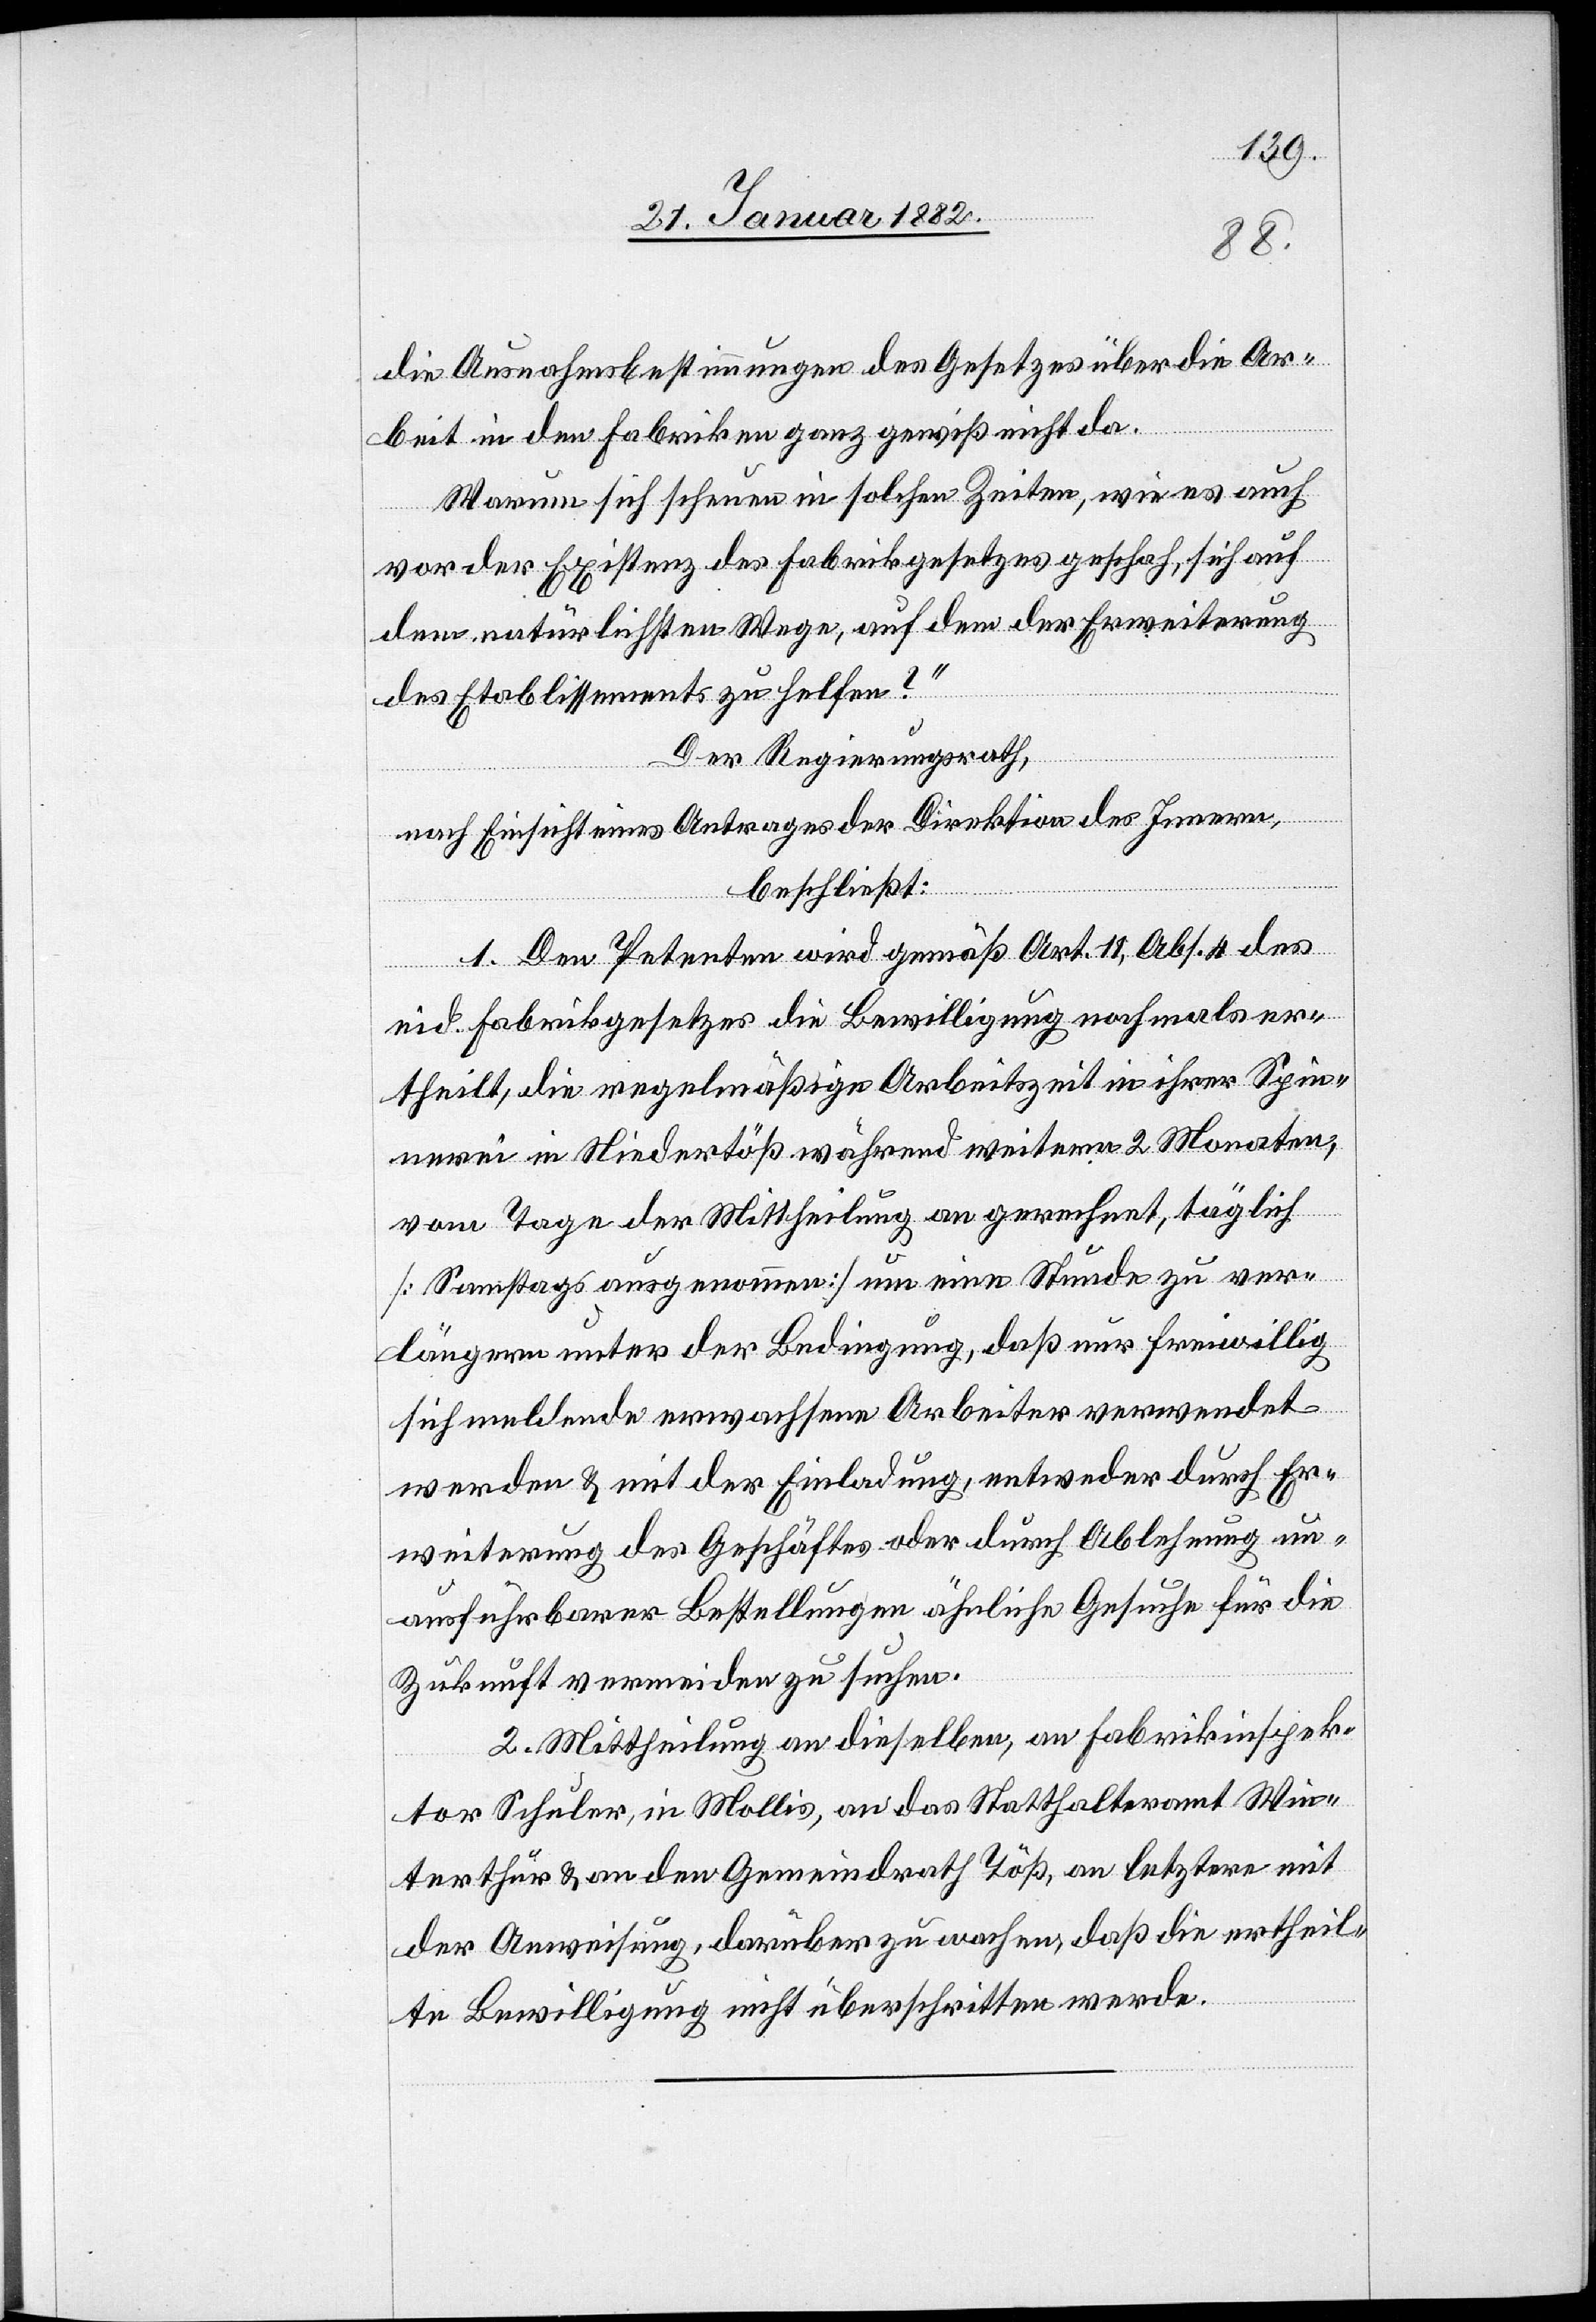
die Ausnahmebestimmungen des Gesetzes über die Ar¬
beit in den Fabriken ganz gewiß nicht da.
Warum sich scheuen in solchen Zeiten, wie es auch
vor der Existenz des Fabrikgesetzes geschah, sich auf
dem natürlichsten Wege, auf dem der Erweiterung
des Etablissements zu helfen?“
Der Regierungsrath,
nach Einsicht eines Antrages der Direktion des Innern,
beschließt:
1. Den Petenten wird gemäß Art. 11, Abs. 4 des
eid. Fabrikgesetzes die Bewilligung nochmals er¬
theilt, die regelmäßigen Arbeitszeit in ihrer Spin¬
nerei in Niedertöß während weitern 2 Monaten,
vom Tage der Mittheilung an gerechnet, täglich
[Sonntags ausgenommen] um eine Stunde zu ver¬
längern unter der Bedingung, daß nur freiwillig
sich meldende erwachsene Arbeiter verwendet
werden & mit der Einladung, entweder durch Er¬
weiterung des Geschäftes oder durch Ablehnung un¬
ausführbarer Bestellungen ähnliche Gesuche für die
Zukunft vermeiden zu suchen.
2. Mittheilung an dieselben, an Fabrikinspek¬
tor Schuler, in Mollis, an das Statthalteramt Win¬
terthur & an den Gemeindrath Töß, an letztern mit
der Anweisung, darüber zu wachen, daß die ertheil¬
te Bewilligung nicht überschritten werde.